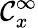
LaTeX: {\mathcal{C}}_{x}^{\infty}